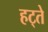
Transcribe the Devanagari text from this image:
हट्ते